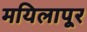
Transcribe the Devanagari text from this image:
मयिलापूर